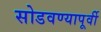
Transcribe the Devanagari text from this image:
सोडवण्यापूर्वी